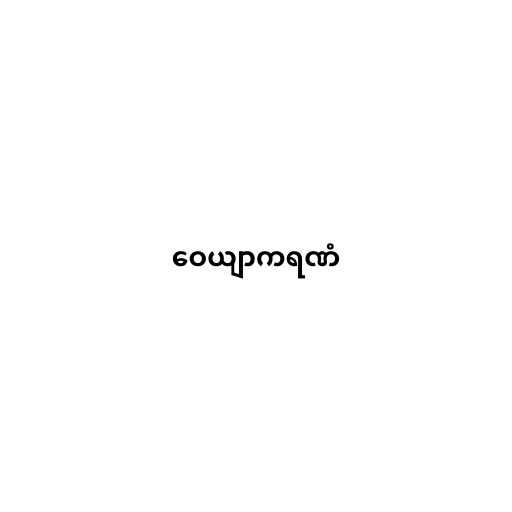
ဝေယျာကရဏံ